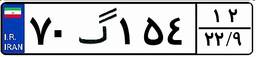
۷۰گ۱۵۴۱۲